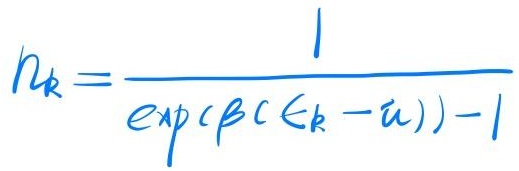
\[n_{k}=\frac{1}{\exp(\beta(\epsilon_{k}-\mu)) - 1}\]